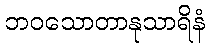
ဘဝသောတာနုသာရိနံ